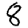
Digit: 8